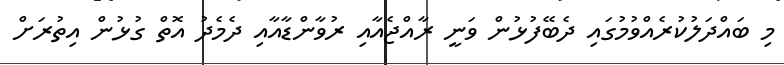
މި ބައްދަލުކުރެއްވުމުގައި ދެބޭފުޅުން ވަނީ ރާއްޖެއާއި ރުވާންޑާއާއި ދެމެދު އޮތް ގުޅުން އިތުރަށް